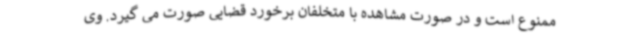
ممنوع است و در صورت مشاهده با متخلفان برخورد قضایی صورت می گیرد. وی